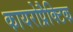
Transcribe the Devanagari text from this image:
कायरोप्रैक्टिक